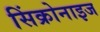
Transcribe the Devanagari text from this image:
सिंक्रोनाइज